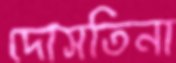
দোসতিনা